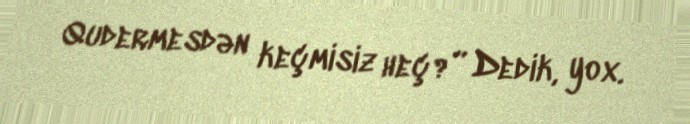
Qudermesdən keçmisiz heç?” Dedik, yox.